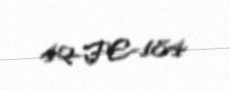
42-FE-184